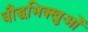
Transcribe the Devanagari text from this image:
बौद्धभिक्खुओं